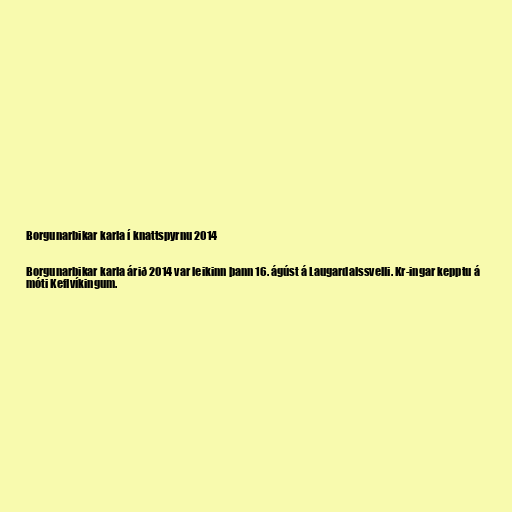
Borgunarbikar karla í knattspyrnu 2014

Borgunarbikar karla árið 2014 var leikinn þann 16. ágúst á Laugardalssvelli. Kr-ingar kepptu á
móti Keflvíkingum.